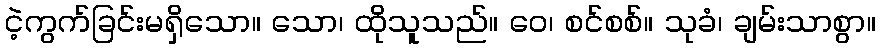
ငဲ့ကွက်ခြင်းမရှိသော။ သော၊ ထိုသူသည်။ ဝေ၊ စင်စစ်။ သုခံ၊ ချမ်းသာစွာ။